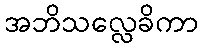
အဘိသလ္လေခိကာ